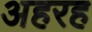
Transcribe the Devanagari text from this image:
अहरह